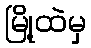
မြို့ထဲမှ